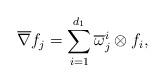
LaTeX: \begin{align*}\overline\nabla f_j=\sum_{i=1}^{d_1}\overline\omega _j^i\otimes f_i,\end{align*}